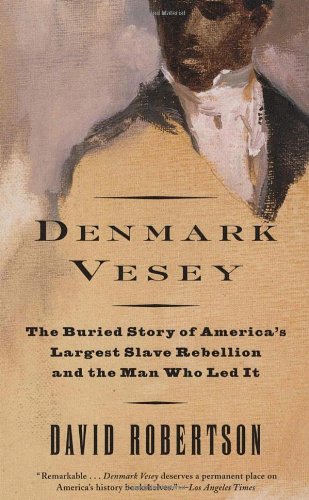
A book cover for Denmark Vesey: The Buried Story of America's Largest Slave Rebellion and the Man Who Led It; David Robertson; Biographies & Memoirs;